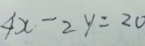
4 x - 2 y = 2 0